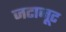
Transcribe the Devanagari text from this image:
जटाजूट